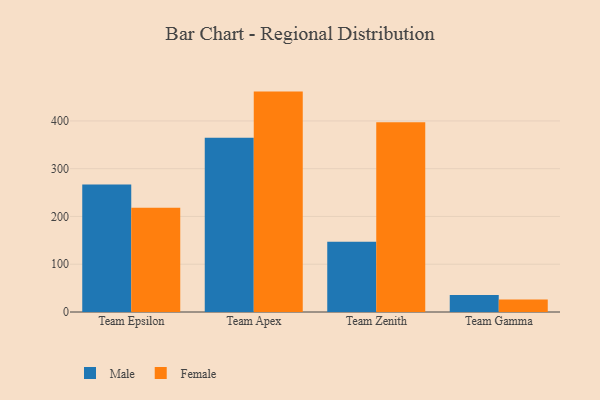
{"axis": {"x": "Team", "y": "Headcount"}, "legend": ["Female", "Male"], "data": [{"x": "Team Epsilon", "y": 266.7, "type": "Male"}, {"x": "Team Epsilon", "y": 218.0, "type": "Female"}, {"x": "Team Apex", "y": 365.0, "type": "Male"}, {"x": "Team Apex", "y": 461.4, "type": "Female"}, {"x": "Team Zenith", "y": 146.9, "type": "Male"}, {"x": "Team Zenith", "y": 397.0, "type": "Female"}, {"x": "Team Gamma", "y": 35.4, "type": "Male"}, {"x": "Team Gamma", "y": 26.1, "type": "Female"}]}